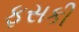
ફસકી